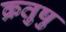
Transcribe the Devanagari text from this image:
क्रतुषु